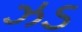
ઝડ